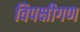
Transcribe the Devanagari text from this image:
विपक्षीगण